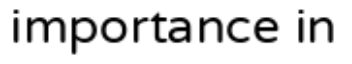
importance in